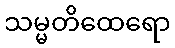
သမ္မတိထေရော